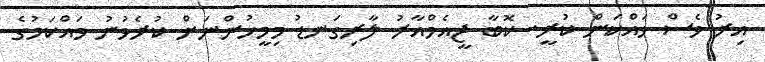
އިރު ވެސް ވައްކަން ކުރީ. ކޮބާ ޖީއެމްއާރު ލާރިގަނޑު މިމީހުންނަށް ކުރެވުނު ވައްކަމުގެ